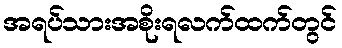
အရပ်သားအစိုးရလက်ထက်တွင်